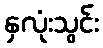
နှလုံးသွင်း